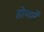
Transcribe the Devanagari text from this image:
होणारें